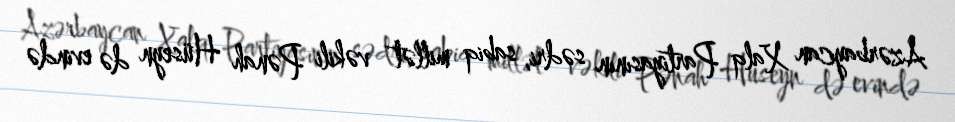
Azərbaycan Xalq Partiyasının sədri, sabiq millət vəkili Pənah Hüseyn də evində